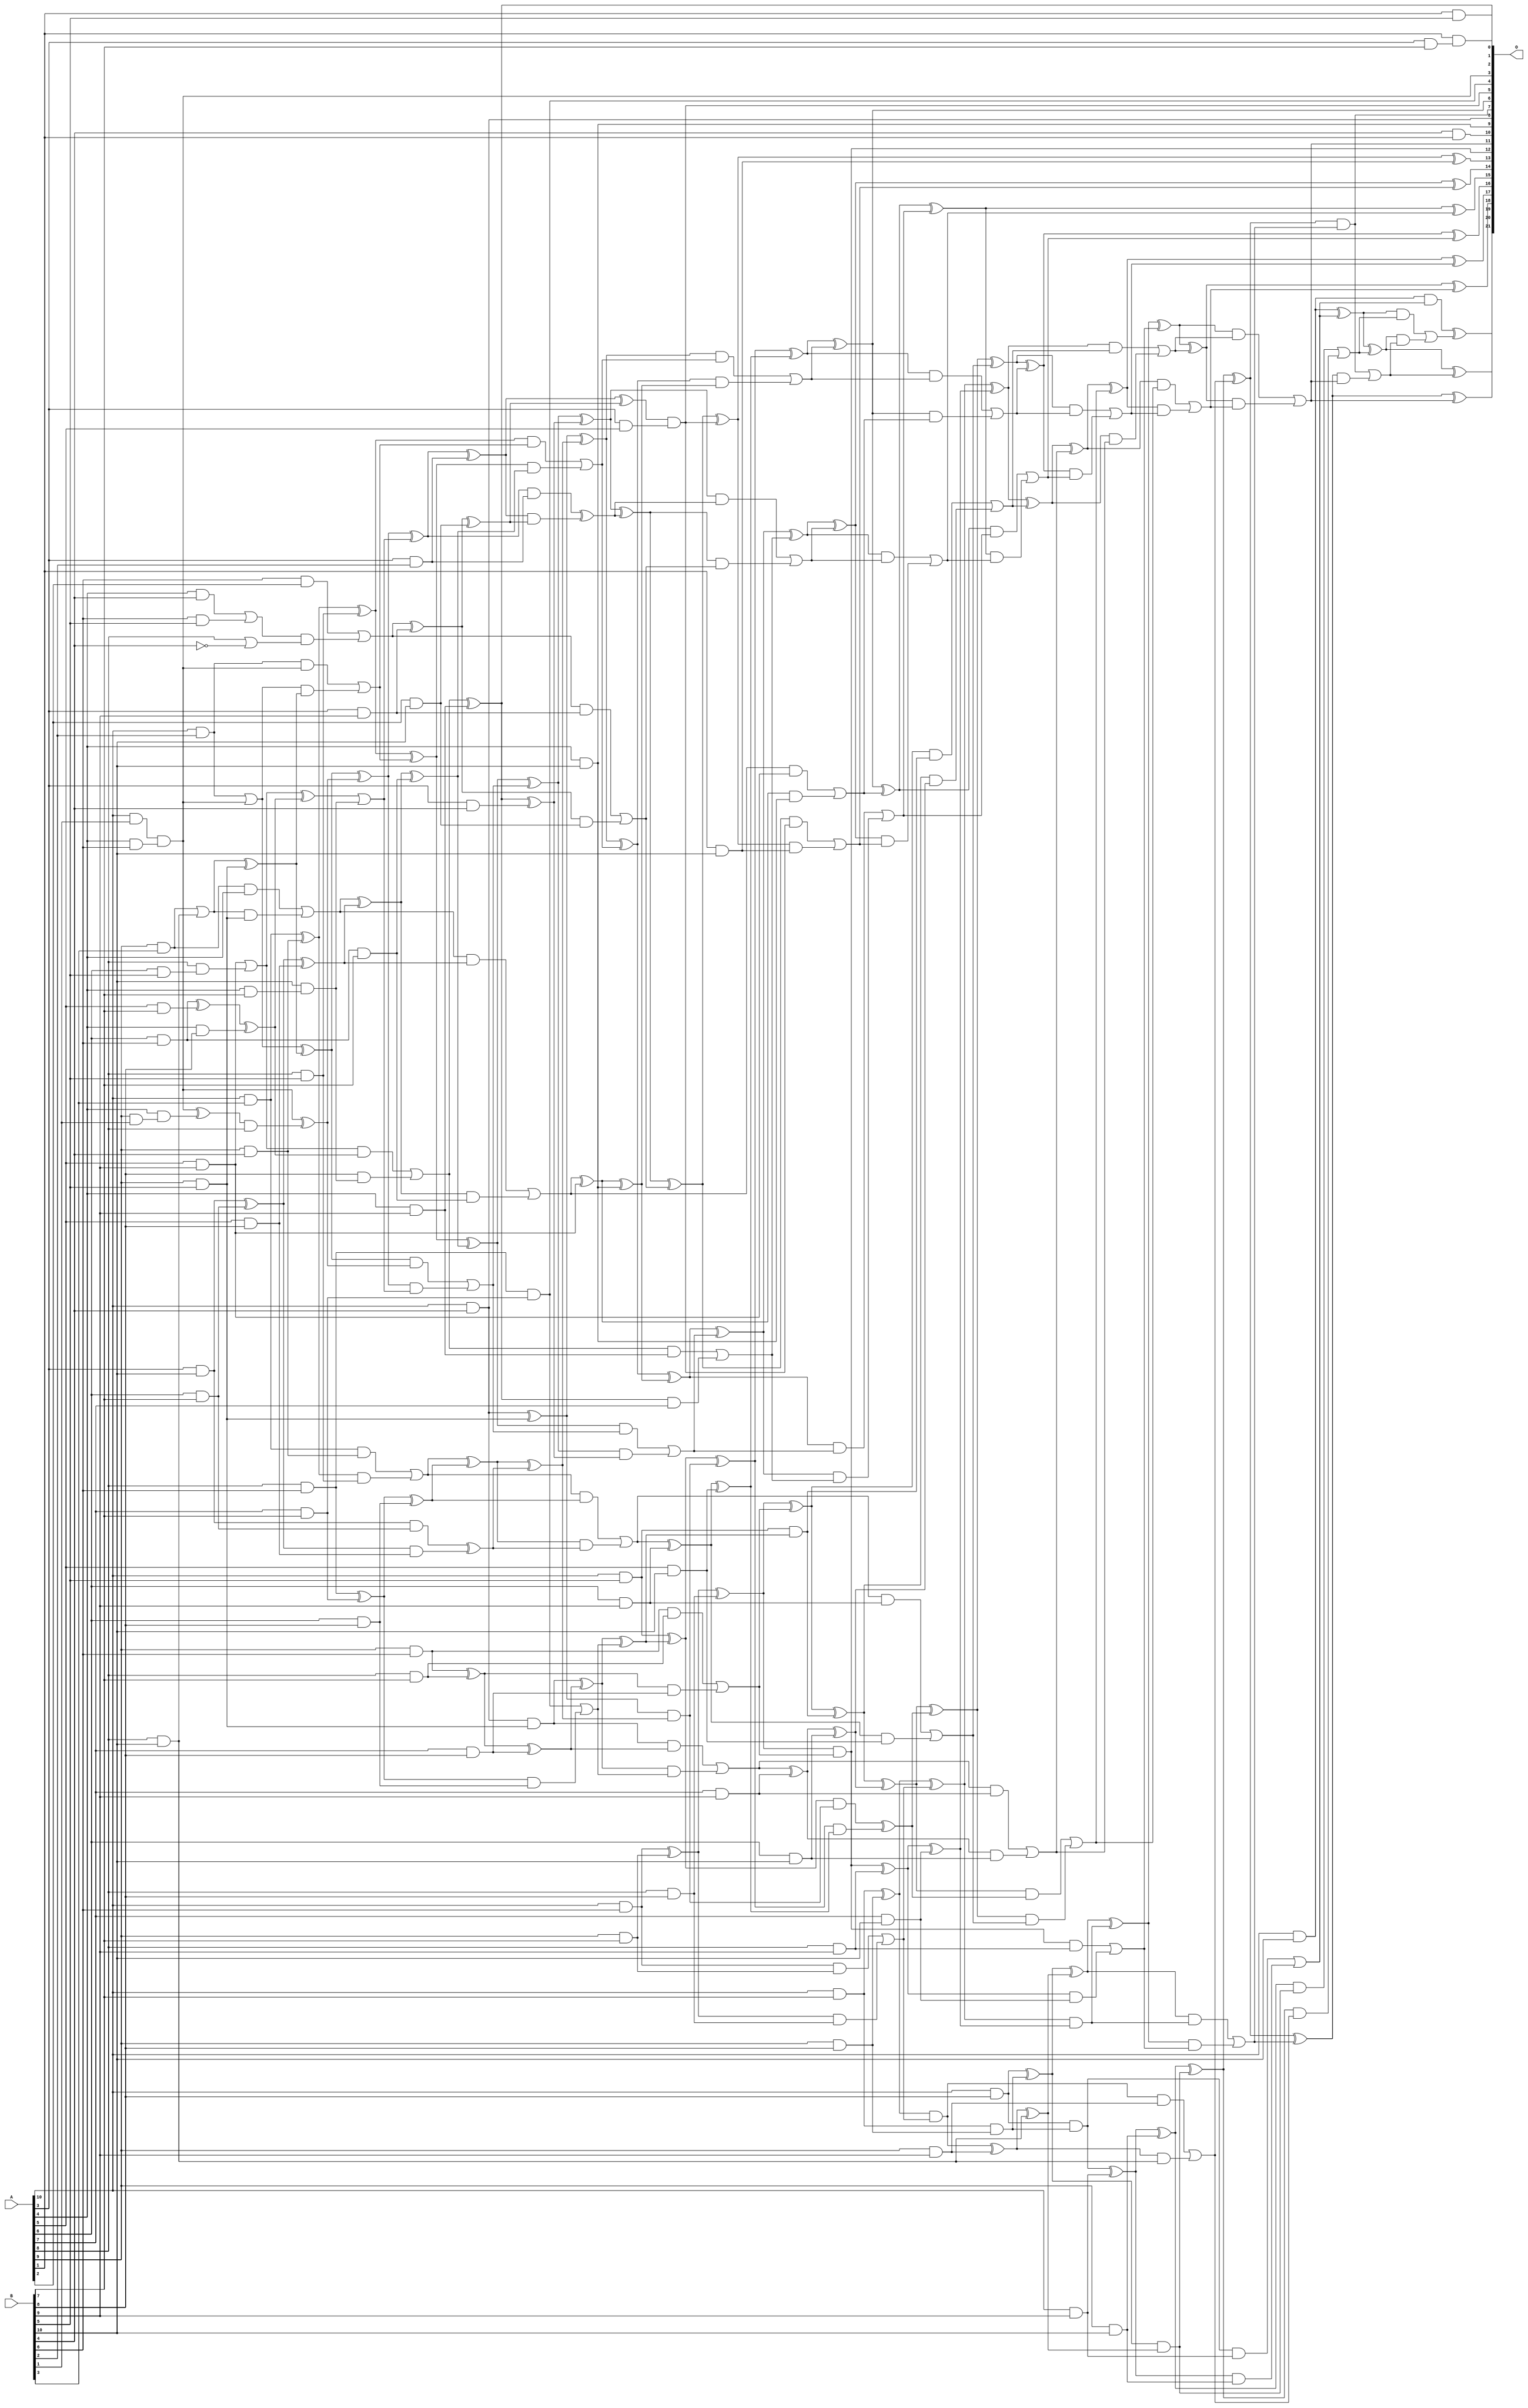
/***
* This code is a part of EvoApproxLib library (ehw.fit.vutbr.cz/approxlib) distributed under The MIT License.
* When used, please cite the following article(s): V. Mrazek, S. S. Sarwar, L. Sekanina, Z. Vasicek and K. Roy, "Design of power-efficient approximate multipliers for approximate artificial neural networks," 2016 IEEE/ACM International Conference on Computer-Aided Design (ICCAD), Austin, TX, 2016, pp. 1-7. doi: 10.1145/2966986.2967021 
* This file contains a circuit from a sub-set of pareto optimal circuits with respect to the pwr and mse parameters
***/
// MAE% = 0.18 %
// MAE = 7555 
// WCE% = 0.99 %
// WCE = 41617 
// WCRE% = 6300.00 %
// EP% = 99.88 %
// MRE% = 4.96 %
// MSE = 89807.495e3 
// PDK45_PWR = 0.410 mW
// PDK45_AREA = 694.1 um2
// PDK45_DELAY = 1.44 ns


module mul11u_06R(A, B, O);
  input [10:0] A, B;
  output [21:0] O;
  wire [10:0] A, B;
  wire [21:0] O;
  wire sig_42, sig_43, sig_53, sig_54, sig_64, sig_65;
  wire sig_74, sig_75, sig_83, sig_84, sig_85, sig_86;
  wire sig_87, sig_94, sig_95, sig_96, sig_97, sig_98;
  wire sig_103, sig_104, sig_105, sig_106, sig_107, sig_108;
  wire sig_109, sig_113, sig_114, sig_115, sig_116, sig_117;
  wire sig_118, sig_119, sig_120, sig_124, sig_125, sig_126;
  wire sig_127, sig_128, sig_129, sig_130, sig_131, sig_134;
  wire sig_135, sig_136, sig_137, sig_138, sig_139, sig_140;
  wire sig_141, sig_142, sig_186, sig_189, sig_190, sig_191;
  wire sig_219, sig_220, sig_221, sig_223, sig_225, sig_226;
  wire sig_228, sig_229, sig_230, sig_231, sig_232, sig_233;
  wire sig_234, sig_235, sig_236, sig_237, sig_238, sig_239;
  wire sig_240, sig_255, sig_257, sig_259, sig_262, sig_263;
  wire sig_264, sig_266, sig_267, sig_268, sig_269, sig_270;
  wire sig_271, sig_272, sig_273, sig_275, sig_276, sig_277;
  wire sig_278, sig_279, sig_280, sig_281, sig_282, sig_283;
  wire sig_284, sig_285, sig_286, sig_287, sig_288, sig_289;
  wire sig_332, sig_334, sig_336, sig_337, sig_338, sig_339;
  wire sig_340, sig_341, sig_361, sig_362, sig_363, sig_365;
  wire sig_366, sig_367, sig_368, sig_369, sig_370, sig_371;
  wire sig_372, sig_373, sig_374, sig_375, sig_376, sig_377;
  wire sig_378, sig_379, sig_380, sig_381, sig_382, sig_383;
  wire sig_384, sig_385, sig_387, sig_388, sig_389, sig_390;
  wire sig_391, sig_427, sig_430, sig_431, sig_432, sig_433;
  wire sig_434, sig_435, sig_436, sig_437, sig_438, sig_439;
  wire sig_440, sig_441, sig_442, sig_443, sig_444, sig_457;
  wire sig_458, sig_459, sig_460, sig_461, sig_463, sig_464;
  wire sig_465, sig_466, sig_467, sig_468, sig_469, sig_470;
  wire sig_471, sig_472, sig_473, sig_474, sig_475, sig_476;
  wire sig_477, sig_478, sig_479, sig_480, sig_481, sig_482;
  wire sig_483, sig_484, sig_485, sig_486, sig_487, sig_488;
  wire sig_489, sig_490, sig_491, sig_492, sig_493, sig_494;
  wire sig_495, sig_496, sig_524, sig_527, sig_528, sig_529;
  wire sig_530, sig_531, sig_532, sig_533, sig_534, sig_535;
  wire sig_536, sig_537, sig_538, sig_539, sig_540, sig_541;
  wire sig_542, sig_543, sig_544, sig_545, sig_546, sig_547;
  wire sig_548, sig_549, sig_550, sig_551, sig_552, sig_553;
  wire sig_554, sig_555, sig_556, sig_570, sig_578, sig_582;
  wire sig_583, sig_584, sig_585, sig_586, sig_587, sig_588;
  wire sig_589, sig_590, sig_591, sig_593, sig_594, sig_595;
  wire sig_596, sig_597, sig_598, sig_599, sig_600, sig_601;
  wire sig_602, sig_603, sig_604, sig_605, sig_606, sig_607;
  wire sig_608, sig_609, sig_610, sig_611, sig_612, sig_613;
  wire sig_614, sig_615, sig_616, sig_617, sig_618, sig_636;
  wire sig_647, sig_650, sig_651, sig_652, sig_653, sig_655;
  wire sig_656, sig_657, sig_658, sig_660, sig_661, sig_662;
  wire sig_663, sig_665, sig_666, sig_667, sig_668, sig_670;
  wire sig_671, sig_672, sig_673, sig_675, sig_676, sig_677;
  wire sig_678, sig_681, sig_683, sig_685, sig_686, sig_687;
  wire sig_688, sig_690;
  assign sig_42 = A[9] & B[1];
  assign sig_43 = A[10] & B[1];
  assign sig_53 = A[4] & B[6];
  assign sig_54 = A[10] & B[2];
  assign O[9] = A[4] & B[10];
  assign sig_64 = A[9] & B[3];
  assign sig_65 = A[10] & B[3];
  assign sig_74 = A[8] & B[10];
  assign sig_75 = A[9] & B[4];
  assign O[8] = A[10] & B[4];
  assign sig_83 = A[6] & B[5];
  assign sig_84 = A[9] & B[5];
  assign sig_85 = A[8] & B[5];
  assign sig_86 = A[9] & B[5];
  assign sig_87 = A[10] & B[5];
  assign sig_94 = A[6] & B[6];
  assign sig_95 = A[3] & B[10];
  assign sig_96 = A[8] & B[6];
  assign sig_97 = A[9] & B[6];
  assign sig_98 = A[10] & B[6];
  assign sig_103 = A[4] & B[7];
  assign sig_104 = A[5] & B[7];
  assign sig_105 = A[6] & B[7];
  assign sig_106 = A[7] & B[7];
  assign sig_107 = A[8] & B[7];
  assign sig_108 = A[9] & B[7];
  assign sig_109 = A[10] & B[7];
  assign sig_113 = A[3] & B[7];
  assign sig_114 = A[4] & B[8];
  assign sig_115 = A[5] & B[8];
  assign sig_116 = A[6] & B[8];
  assign sig_117 = A[7] & B[8];
  assign sig_118 = A[8] & B[8];
  assign sig_119 = A[9] & B[8];
  assign sig_120 = A[10] & B[8];
  assign sig_124 = A[3] & B[9];
  assign sig_125 = A[4] & B[9];
  assign sig_126 = A[5] & B[9];
  assign sig_127 = A[6] & B[9];
  assign sig_128 = A[7] & B[9];
  assign sig_129 = A[8] & B[9];
  assign sig_130 = A[9] & B[9];
  assign sig_131 = A[10] & B[9];
  assign O[2] = A[1] & B[5];
  assign sig_134 = A[2] & B[10];
  assign sig_135 = A[3] & B[4];
  assign sig_136 = A[4] & B[10];
  assign sig_137 = A[5] & B[10];
  assign sig_138 = A[6] & B[10];
  assign sig_139 = A[7] & B[10];
  assign sig_140 = A[8] & B[10];
  assign sig_141 = A[9] & B[10];
  assign sig_142 = A[10] & B[10];
  assign sig_186 = A[4] & sig_42;
  assign sig_189 = sig_186;
  assign sig_190 = sig_43 & sig_53;
  assign sig_191 = sig_43 & sig_53;
  assign sig_219 = B[6];
  assign sig_220 = A[4] & B[4];
  assign sig_221 = sig_219 & B[5];
  assign sig_223 = sig_220 | sig_221;
  assign sig_225 = A[5] & B[9];
  assign sig_226 = A[8] & sig_83;
  assign sig_228 = sig_225 | sig_226;
  assign sig_229 = sig_64 | sig_74;
  assign sig_230 = sig_64 & A[4];
  assign sig_231 = sig_229 & sig_84;
  assign sig_232 = sig_229 ^ sig_84;
  assign sig_233 = sig_230 | sig_231;
  assign sig_234 = sig_65 ^ sig_75;
  assign sig_235 = sig_65 & sig_75;
  assign sig_236 = sig_234 & sig_85;
  assign sig_237 = sig_234 ^ sig_85;
  assign sig_238 = sig_235 | sig_236;
  assign sig_239 = O[8] & sig_86;
  assign sig_240 = O[8] ^ sig_86;
  assign sig_255 = !B[4];
  assign sig_257 = A[8] | sig_255;
  assign sig_259 = B[10] & sig_103;
  assign O[0] = A[1] & sig_113;
  assign sig_262 = sig_259;
  assign sig_263 = sig_94 ^ sig_104;
  assign sig_264 = sig_94 & B[7];
  assign sig_266 = sig_263 ^ sig_114;
  assign sig_267 = sig_264;
  assign sig_268 = sig_95 ^ sig_105;
  assign sig_269 = sig_95 & sig_105;
  assign sig_270 = sig_268 & sig_115;
  assign sig_271 = sig_268 ^ sig_115;
  assign sig_272 = sig_269 ^ sig_270;
  assign sig_273 = sig_96 ^ sig_106;
  assign O[4] = sig_96 & sig_106;
  assign sig_275 = sig_273 & sig_116;
  assign sig_276 = sig_273 ^ sig_116;
  assign sig_277 = O[4] | sig_275;
  assign sig_278 = sig_97 ^ sig_107;
  assign sig_279 = sig_97 & sig_107;
  assign sig_280 = sig_278 & sig_117;
  assign sig_281 = sig_278 ^ sig_117;
  assign sig_282 = sig_279 | sig_280;
  assign sig_283 = sig_98 ^ sig_108;
  assign sig_284 = sig_98 & sig_108;
  assign sig_285 = sig_283 & sig_118;
  assign sig_286 = sig_283 ^ sig_118;
  assign sig_287 = sig_284 | sig_285;
  assign sig_288 = sig_109 & sig_119;
  assign sig_289 = sig_109 ^ sig_119;
  assign sig_332 = sig_191 ^ sig_189;
  assign O[3] = sig_191;
  assign sig_334 = sig_332 & A[8];
  assign sig_336 = O[3] ^ sig_334;
  assign sig_337 = sig_54 | sig_190;
  assign sig_338 = sig_54 & sig_190;
  assign sig_339 = sig_337 & sig_232;
  assign sig_340 = sig_337 ^ sig_232;
  assign sig_341 = sig_338 | sig_339;
  assign sig_361 = sig_223;
  assign sig_362 = B[6] & A[2];
  assign sig_363 = sig_361 & sig_257;
  assign sig_365 = sig_362 | sig_363;
  assign sig_366 = sig_228 ^ sig_266;
  assign sig_367 = sig_228 & sig_266;
  assign sig_368 = B[8] & sig_262;
  assign sig_369 = sig_366 | sig_262;
  assign sig_370 = sig_367 | sig_368;
  assign sig_371 = sig_233 ^ sig_271;
  assign sig_372 = sig_233 & sig_271;
  assign sig_373 = sig_371 & sig_267;
  assign sig_374 = sig_371 ^ sig_267;
  assign sig_375 = sig_372 | sig_373;
  assign sig_376 = sig_238 ^ sig_276;
  assign sig_377 = sig_238 & sig_276;
  assign sig_378 = sig_376 & sig_272;
  assign sig_379 = sig_376 ^ sig_272;
  assign sig_380 = sig_377 | sig_378;
  assign sig_381 = sig_239 ^ sig_281;
  assign sig_382 = sig_239 & sig_281;
  assign sig_383 = sig_381 & sig_277;
  assign sig_384 = sig_381 ^ sig_277;
  assign sig_385 = sig_382 | sig_383;
  assign O[12] = sig_286 & sig_282;
  assign sig_387 = sig_286 ^ sig_282;
  assign sig_388 = sig_289 & sig_287;
  assign sig_389 = sig_289 ^ sig_287;
  assign sig_390 = sig_120 & sig_288;
  assign sig_391 = sig_120 ^ sig_288;
  assign sig_427 = A[3] & B[2];
  assign sig_430 = sig_427;
  assign sig_431 = sig_340 ^ sig_336;
  assign sig_432 = sig_340 & sig_336;
  assign sig_433 = sig_431 & sig_369;
  assign sig_434 = sig_431 ^ sig_369;
  assign sig_435 = sig_432 | sig_433;
  assign sig_436 = sig_237 ^ sig_341;
  assign sig_437 = sig_237 & sig_341;
  assign sig_438 = sig_436 & sig_374;
  assign sig_439 = sig_436 ^ sig_374;
  assign sig_440 = sig_437 | sig_438;
  assign sig_441 = sig_240 & sig_379;
  assign sig_442 = sig_240 ^ sig_379;
  assign sig_443 = sig_87 & sig_384;
  assign sig_444 = sig_87 ^ sig_384;
  assign sig_457 = sig_365 ^ sig_124;
  assign sig_458 = sig_365 & sig_124;
  assign sig_459 = sig_457 & sig_134;
  assign sig_460 = sig_457 ^ sig_134;
  assign sig_461 = sig_458 | sig_459;
  assign O[1] = sig_370 ^ sig_125;
  assign sig_463 = sig_370 & sig_125;
  assign sig_464 = O[1] & A[7];
  assign sig_465 = O[1] ^ sig_135;
  assign sig_466 = sig_463 | sig_464;
  assign sig_467 = sig_375 ^ sig_126;
  assign sig_468 = sig_375 & sig_126;
  assign sig_469 = sig_467 & sig_136;
  assign sig_470 = sig_467 ^ sig_136;
  assign sig_471 = sig_468 | sig_469;
  assign sig_472 = sig_380 ^ sig_127;
  assign sig_473 = sig_380 & sig_127;
  assign sig_474 = sig_472 & sig_137;
  assign sig_475 = sig_472 ^ sig_137;
  assign sig_476 = sig_473 | sig_474;
  assign sig_477 = sig_385 ^ sig_128;
  assign sig_478 = sig_385 & sig_128;
  assign sig_479 = sig_477 & sig_138;
  assign sig_480 = sig_477 ^ sig_138;
  assign sig_481 = sig_478 | sig_479;
  assign sig_482 = O[12] ^ sig_129;
  assign sig_483 = O[12] & sig_129;
  assign sig_484 = sig_482 & sig_139;
  assign sig_485 = sig_482 ^ sig_139;
  assign sig_486 = sig_483 | sig_484;
  assign sig_487 = sig_388 ^ sig_130;
  assign sig_488 = sig_388 & sig_130;
  assign sig_489 = sig_487 & sig_140;
  assign sig_490 = sig_487 ^ sig_140;
  assign sig_491 = sig_488 | sig_489;
  assign sig_492 = sig_390 ^ sig_131;
  assign sig_493 = sig_390 & sig_131;
  assign sig_494 = sig_492 & sig_141;
  assign sig_495 = sig_492 ^ sig_141;
  assign sig_496 = sig_493 | sig_494;
  assign sig_524 = A[3] & A[5];
  assign sig_527 = sig_524;
  assign sig_528 = sig_434 ^ sig_430;
  assign sig_529 = sig_434 & sig_430;
  assign sig_530 = sig_528 & sig_460;
  assign sig_531 = sig_528 ^ sig_460;
  assign sig_532 = sig_529 ^ sig_530;
  assign sig_533 = sig_439 ^ sig_435;
  assign sig_534 = sig_439 & sig_435;
  assign sig_535 = sig_533 & sig_465;
  assign sig_536 = sig_533 ^ sig_465;
  assign sig_537 = sig_534 | sig_535;
  assign sig_538 = sig_442 ^ sig_440;
  assign sig_539 = sig_442 & sig_440;
  assign sig_540 = sig_538 & sig_470;
  assign sig_541 = sig_538 ^ sig_470;
  assign sig_542 = sig_539 | sig_540;
  assign sig_543 = sig_444 ^ sig_441;
  assign sig_544 = sig_444 & sig_441;
  assign sig_545 = sig_543 & sig_475;
  assign sig_546 = sig_543 ^ sig_475;
  assign sig_547 = sig_544 ^ sig_545;
  assign sig_548 = sig_387 ^ sig_443;
  assign sig_549 = sig_387 & sig_443;
  assign sig_550 = sig_548 & sig_480;
  assign sig_551 = sig_548 ^ sig_480;
  assign sig_552 = sig_549 | sig_550;
  assign sig_553 = sig_389 & sig_485;
  assign sig_554 = sig_389 ^ sig_485;
  assign sig_555 = sig_391 & sig_490;
  assign sig_556 = sig_391 ^ sig_490;
  assign sig_570 = B[4] & A[1];
  assign sig_578 = sig_531 & sig_527;
  assign O[5] = sig_578;
  assign sig_582 = sig_536 ^ sig_532;
  assign sig_583 = sig_536 & sig_532;
  assign sig_584 = sig_582 & sig_461;
  assign sig_585 = sig_582 ^ sig_461;
  assign sig_586 = sig_583 | sig_584;
  assign sig_587 = sig_541 ^ sig_537;
  assign sig_588 = sig_541 & sig_537;
  assign sig_589 = sig_587 & sig_466;
  assign sig_590 = sig_587 ^ sig_466;
  assign sig_591 = sig_588 | sig_589;
  assign O[6] = sig_546 ^ sig_542;
  assign sig_593 = sig_546 & sig_542;
  assign sig_594 = O[6] & sig_471;
  assign sig_595 = O[6] ^ sig_471;
  assign sig_596 = sig_593 | sig_594;
  assign sig_597 = sig_551 ^ sig_547;
  assign sig_598 = sig_551 & sig_547;
  assign sig_599 = sig_597 & sig_476;
  assign sig_600 = sig_597 ^ sig_476;
  assign sig_601 = sig_598 | sig_599;
  assign sig_602 = sig_554 ^ sig_552;
  assign sig_603 = sig_554 & sig_552;
  assign sig_604 = sig_602 & sig_481;
  assign sig_605 = sig_602 ^ sig_481;
  assign sig_606 = sig_603 | sig_604;
  assign sig_607 = sig_556 ^ sig_553;
  assign sig_608 = sig_556 & sig_553;
  assign sig_609 = sig_607 & sig_486;
  assign sig_610 = sig_607 ^ sig_486;
  assign sig_611 = sig_608 | sig_609;
  assign sig_612 = sig_495 ^ sig_555;
  assign sig_613 = sig_495 & sig_555;
  assign sig_614 = sig_612 & sig_491;
  assign sig_615 = sig_612 ^ sig_491;
  assign sig_616 = sig_613 | sig_614;
  assign sig_617 = sig_142 & sig_496;
  assign sig_618 = sig_142 ^ sig_496;
  assign sig_636 = sig_570;
  assign O[10] = sig_636;
  assign sig_647 = A[1] & B[10];
  assign sig_650 = sig_647;
  assign sig_651 = sig_585 ^ O[5];
  assign sig_652 = sig_585 & O[5];
  assign sig_653 = sig_651 & sig_650;
  assign O[13] = sig_651 ^ sig_650;
  assign sig_655 = sig_652 | sig_653;
  assign sig_656 = sig_590 ^ sig_586;
  assign sig_657 = sig_590 & sig_586;
  assign sig_658 = sig_656 & sig_655;
  assign O[14] = sig_656 ^ sig_655;
  assign sig_660 = sig_657 | sig_658;
  assign sig_661 = sig_595 ^ sig_591;
  assign sig_662 = sig_595 & sig_591;
  assign sig_663 = sig_661 & sig_660;
  assign O[15] = sig_661 ^ sig_660;
  assign sig_665 = sig_662 | sig_663;
  assign sig_666 = sig_600 ^ sig_596;
  assign sig_667 = sig_600 & sig_596;
  assign sig_668 = sig_666 & sig_665;
  assign O[16] = sig_666 ^ sig_665;
  assign sig_670 = sig_667 | sig_668;
  assign sig_671 = sig_605 ^ sig_601;
  assign sig_672 = sig_605 & sig_601;
  assign sig_673 = sig_671 & sig_670;
  assign O[17] = sig_671 ^ sig_670;
  assign sig_675 = sig_672 | sig_673;
  assign sig_676 = sig_610 ^ sig_606;
  assign sig_677 = sig_610 & sig_606;
  assign sig_678 = sig_676 & sig_675;
  assign O[18] = sig_676 ^ sig_675;
  assign O[11] = sig_677 | sig_678;
  assign sig_681 = sig_615 ^ sig_611;
  assign O[7] = sig_615 & sig_611;
  assign sig_683 = sig_681 & O[11];
  assign O[19] = sig_681 ^ O[11];
  assign sig_685 = O[7] | sig_683;
  assign sig_686 = sig_618 ^ sig_616;
  assign sig_687 = sig_618 & sig_616;
  assign sig_688 = sig_686 & sig_685;
  assign O[20] = sig_686 ^ sig_685;
  assign sig_690 = sig_687 | sig_688;
  assign O[21] = sig_617 ^ sig_690;
endmodule